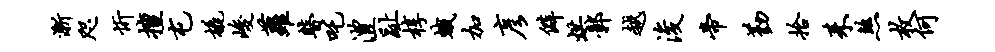
渐咫忻擅屯橇峻萝瞽吒澧趾椁蛾加彦僻烘鄣越浚帝勤拾耒煞枚何